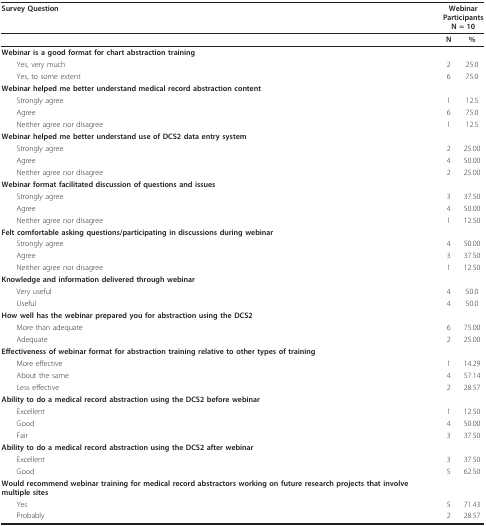
<table><thead><tr><td><b>Survey Question</b></td><td colspan="2"><b>Webinar ParticipantsN = 10</b></td></tr></thead><tbody><tr><td>[EMPTY_CELL]</td><td><b>N</b></td><td><b>%</b></td></tr><tr><td><b>Webinar is a good format for chart abstraction training</b></td><td>[EMPTY_CELL]</td><td>[EMPTY_CELL]</td></tr><tr><td> Yes, very much</td><td>2</td><td>25.0</td></tr><tr><td> Yes, to some extent</td><td>6</td><td>75.0</td></tr><tr><td><b>Webinar helped me better understand medical record abstraction content</b></td><td>[EMPTY_CELL]</td><td>[EMPTY_CELL]</td></tr><tr><td> Strongly agree</td><td>1</td><td>12.5</td></tr><tr><td> Agree</td><td>6</td><td>75.0</td></tr><tr><td> Neither agree nor disagree</td><td>1</td><td>12.5</td></tr><tr><td><b>Webinar helped me better understand use of DCS2 data entry system</b></td><td>[EMPTY_CELL]</td><td>[EMPTY_CELL]</td></tr><tr><td> Strongly agree</td><td>2</td><td>25.00</td></tr><tr><td> Agree</td><td>4</td><td>50.00</td></tr><tr><td> Neither agree nor disagree</td><td>2</td><td>25.00</td></tr><tr><td><b>Webinar format facilitated discussion of questions and issues</b></td><td>[EMPTY_CELL]</td><td>[EMPTY_CELL]</td></tr><tr><td> Strongly agree</td><td>3</td><td>37.50</td></tr><tr><td> Agree</td><td>4</td><td>50.00</td></tr><tr><td> Neither agree nor disagree</td><td>1</td><td>12.50</td></tr><tr><td><b>Felt comfortable asking questions/participating in discussions during webinar</b></td><td>[EMPTY_CELL]</td><td>[EMPTY_CELL]</td></tr><tr><td> Strongly agree</td><td>4</td><td>50.00</td></tr><tr><td> Agree</td><td>3</td><td>37.50</td></tr><tr><td> Neither agree nor disagree</td><td>1</td><td>12.50</td></tr><tr><td><b>Knowledge and information delivered through webinar</b></td><td>[EMPTY_CELL]</td><td>[EMPTY_CELL]</td></tr><tr><td> Very useful</td><td>4</td><td>50.0</td></tr><tr><td> Useful</td><td>4</td><td>50.0</td></tr><tr><td><b>How well has the webinar prepared you for abstraction using the DCS2</b></td><td>[EMPTY_CELL]</td><td>[EMPTY_CELL]</td></tr><tr><td> More than adequate</td><td>6</td><td>75.00</td></tr><tr><td> Adequate</td><td>2</td><td>25.00</td></tr><tr><td><b>Effectiveness of webinar format for abstraction training relative to other types of training</b></td><td>[EMPTY_CELL]</td><td>[EMPTY_CELL]</td></tr><tr><td> More effective</td><td>1</td><td>14.29</td></tr><tr><td> About the same</td><td>4</td><td>57.14</td></tr><tr><td> Less effective</td><td>2</td><td>28.57</td></tr><tr><td><b>Ability to do a medical record abstraction using the DCS2 before webinar</b></td><td>[EMPTY_CELL]</td><td>[EMPTY_CELL]</td></tr><tr><td> Excellent</td><td>1</td><td>12.50</td></tr><tr><td> Good</td><td>4</td><td>50.00</td></tr><tr><td> Fair</td><td>3</td><td>37.50</td></tr><tr><td><b>Ability to do a medical record abstraction using the DCS2 after webinar</b></td><td>[EMPTY_CELL]</td><td>[EMPTY_CELL]</td></tr><tr><td> Excellent</td><td>3</td><td>37.50</td></tr><tr><td> Good</td><td>5</td><td>62.50</td></tr><tr><td><b>Would recommend webinar training for medical record abstractors working on future research projects that involve multiple sites</b></td><td>[EMPTY_CELL]</td><td>[EMPTY_CELL]</td></tr><tr><td> Yes</td><td>5</td><td>71.43</td></tr><tr><td> Probably</td><td>2</td><td>28.57</td></tr></tbody></table>